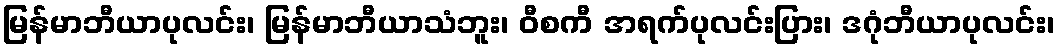
မြန်မာဘီယာပုလင်း၊ မြန်မာဘီယာသံဘူး၊ ဝီစကီ အရက်ပုလင်းပြား၊ ဒဂုံဘီယာပုလင်း၊